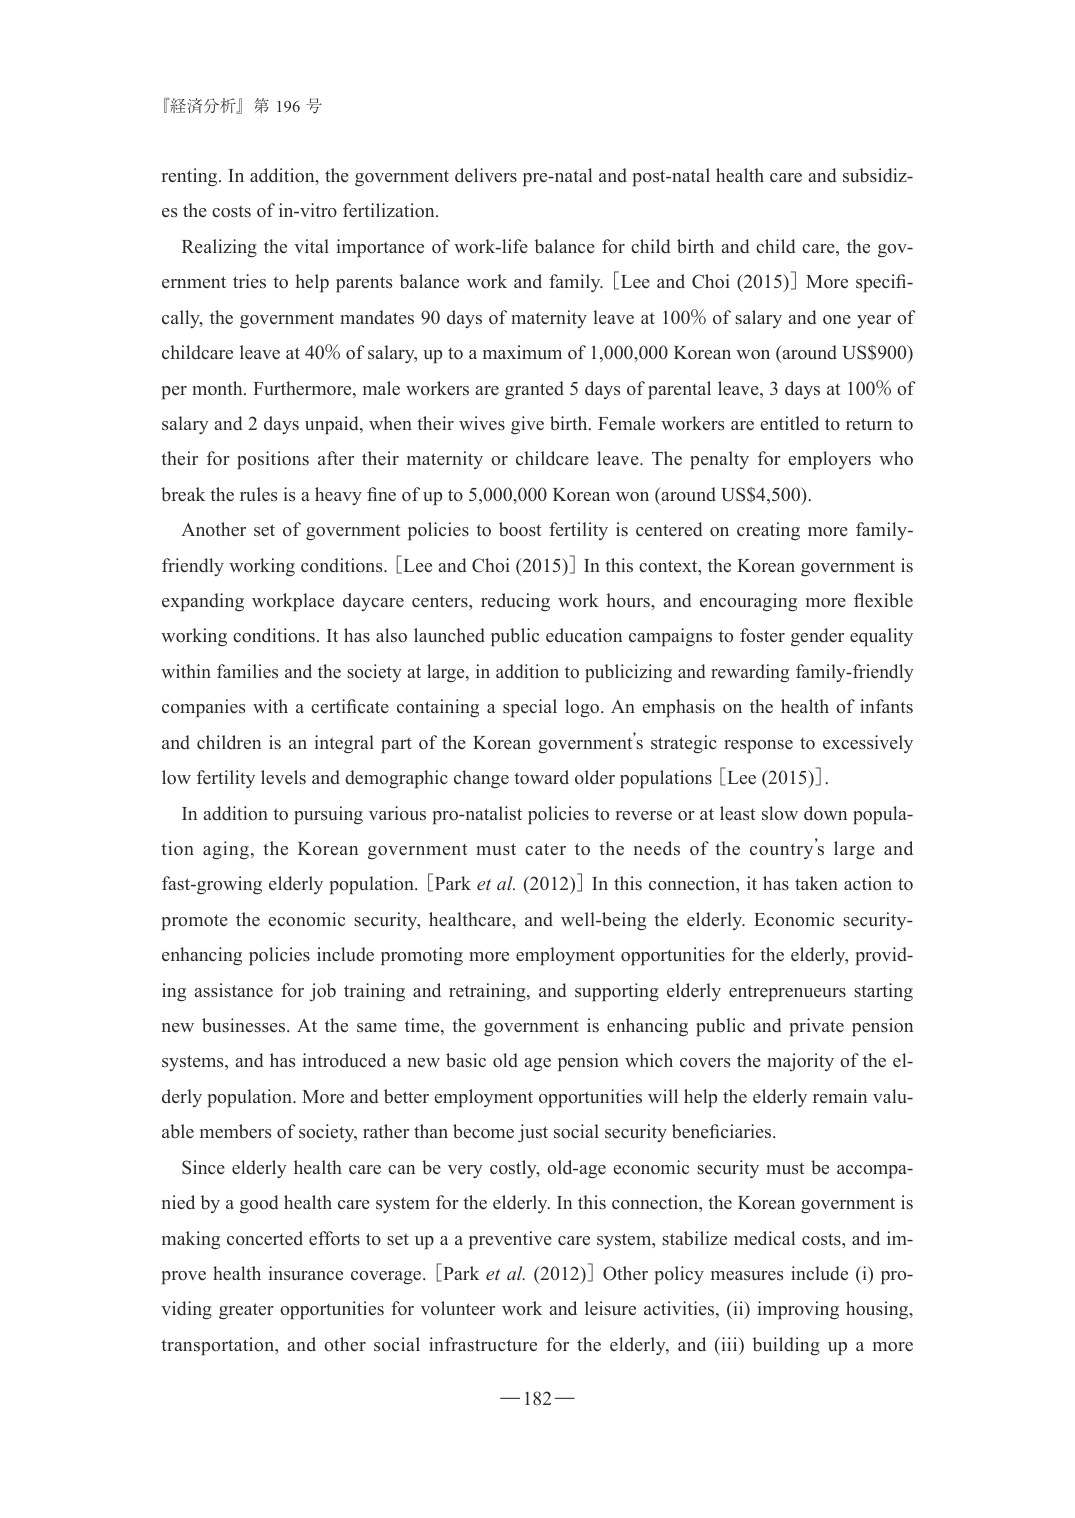
『経済分析』第 196 号

renting. In addition, the government delivers pre-natal and post-natal health care and subsidizes the costs of in-vitro fertilization.

Realizing the vital importance of work-life balance for child birth and child care, the government tries to help parents balance work and family. [Lee and Choi (2015)] More specifically, the government mandates 90 days of maternity leave at 100% of salary and one year of childcare leave at 40% of salary, up to a maximum of 1,000,000 Korean won (around US$900) per month. Furthermore, male workers are granted 5 days of parental leave, 3 days at 100% of salary and 2 days unpaid, when their wives give birth. Female workers are entitled to return to their for positions after their maternity or childcare leave. The penalty for employers who break the rules is a heavy fine of up to 5,000,000 Korean won (around US$4,500).

Another set of government policies to boost fertility is centered on creating more family-friendly working conditions. [Lee and Choi (2015)] In this context, the Korean government is expanding workplace daycare centers, reducing work hours, and encouraging more flexible working conditions. It has also launched public education campaigns to foster gender equality within families and the society at large, in addition to publicizing and rewarding family-friendly companies with a certificate containing a special logo. An emphasis on the health of infants and children is an integral part of the Korean government’s strategic response to excessively low fertility levels and demographic change toward older populations [Lee (2015)].

In addition to pursuing various pro-natalist policies to reverse or at least slow down population aging, the Korean government must cater to the needs of the country’s large and fast-growing elderly population. [Park et al. (2012)] In this connection, it has taken action to promote the economic security, healthcare, and well-being the elderly. Economic security-enhancing policies include promoting more employment opportunities for the elderly, providing assistance for job training and retraining, and supporting elderly entrepreneurs starting new businesses. At the same time, the government is enhancing public and private pension systems, and has introduced a new basic old age pension which covers the majority of the elderly population. More and better employment opportunities will help the elderly remain valuable members of society, rather than become just social security beneficiaries.

Since elderly health care can be very costly, old-age economic security must be accompanied by a good health care system for the elderly. In this connection, the Korean government is making concerted efforts to set up a preventive care system, stabilize medical costs, and improve health insurance coverage. [Park et al. (2012)] Other policy measures include (i) providing greater opportunities for volunteer work and leisure activities, (ii) improving housing, transportation, and other social infrastructure for the elderly, and (iii) building up a more

— 182 —